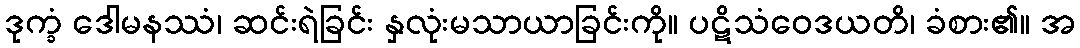
ဒုက္ခံ ဒေါမနဿံ၊ ဆင်းရဲခြင်း နှလုံးမသာယာခြင်းကို။ ပဋိသံဝေဒယတိ၊ ခံစား၏။ အ